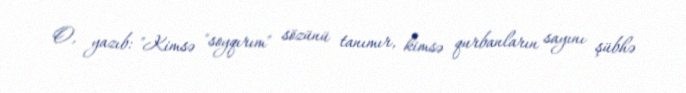
O, yazıb: "Kimsə "soyqırım" sözünü tanımır, kimsə qurbanların sayını şübhə